Lunatic asylums in Bengal annual reports 1899-1911 - 1899-1911
Year: 1899
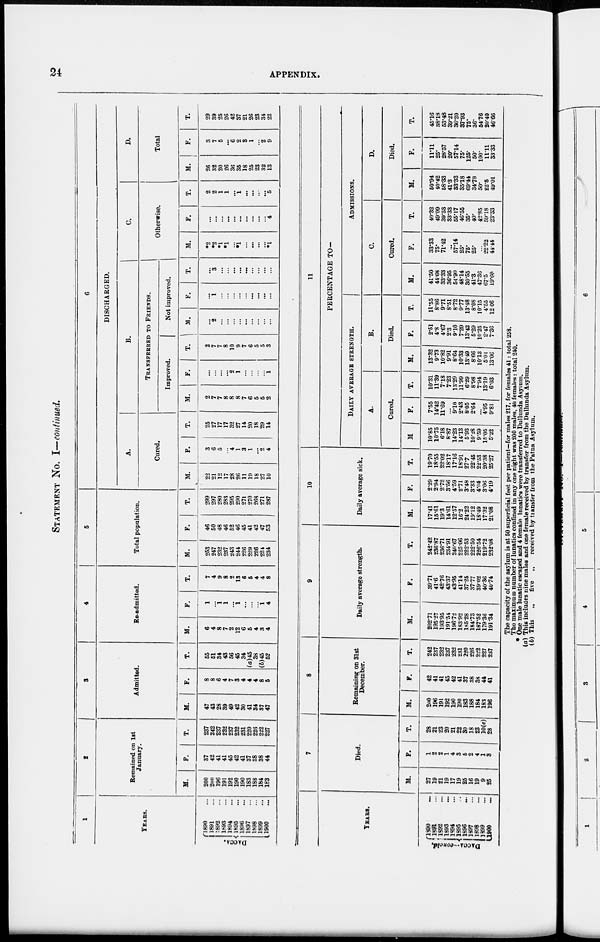
24
APPENDIX.
STATEMENT NO. I—continued.
1
YEARS.
DACCA.
1890 ...
1891 ...
1892 ...
1898 ...
1894 ...
1895 ...
1896 ...
1897 ...
1898 ...
1899 ...
1900 ...
2
Remained on 1st
January.
M.
200
200
196
191
192
190
190
183
188
184
183
F.
37
42
41
41
45
42
41
37
38
38
44
T.
237
242
237
232
237
232
231
220
226
222
227
3
Admitted.
M.
47
43
28
39
49
42
30
41
34
37
47
F.
8
8
6
4
7
3
4
4
4
8
5
T.
55
51
34
43
56
45
34
(a) 45
38
(b)45
52
4
Re-admitted.
M.
6
4
8
7
2
12
6
5
4
3
4
F.
1
...
1
1
...
1
...
...
...
1
4
T.
7
4
9
8
2
13
6
5
4
4
8
5
Total population.
M.
253
247
232
237
243
244
226
229
226
224
234
F.
46
50
48
46
52
46
45
41
42
47
53
T.
299
297
280
283
295
290
271
270
268
271
287
6
DISCHARGED.
A.
Cured.
M.
22
21
12
17
28
26
11
19
18
27
10
F.
3
6
5
...
4
1
3
1
...
2
4
T.
25
27
17
17
32
27
14
20
18
29
14
B.
TRANSFERRED TO FRIENDS.
Improved.
M.
2
7
7
8
8
8
7
6
5
5
2
F.
...
...
...
...
2
1
...
...
...
...
1
T.
2
7
7
8
10
9
7
6
5
5
3
Not improved.
M.
...
2
...
...
...
...
...
...
...
...
...
F.
...
1
...
...
...
...
...
...
...
...
...
T.
...
3
...
...
...
...
...
...
...
...
...
C.
Otherwise.
M.
*2
*2
*1
*1
...
*1
...
...
...
...
*1
F.
...
...
...
...
...
...
...
...
...
...
4
T.
2
2
1
1
...
1
...
...
...
...
5
D.
Total
M.
26
32
20
26
36
35
18
25
23
32
13
F.
3
7
5
...
6
2
3
1
...
2
9
T.
29
39
25
26
42
37
21
26
23
34
22
YEARS.
DACCA—concld.
1890 ...
1891 ...
1892 ...
1893 ...
1894 ...
1895 ...
1896 ...
1897 ...
1898 ...
1899 ...
1900 ...
7
Died.
M.
27
19
21
19
17
19
25
16
19
9
25
F.
1
2
2
1
4
3
5
2
4
1
3
T.
28
21
23
20
21
22
30
18
23
10(c)
28
8
Remaining on 31st
December.
M.
200
196
191
192
190
190
183
188
184
183
196
F.
42
41
41
45
42
41
37
38
38
44
41
T.
242
237
232
237
232
231
220
226
222
227
237
9
Daily average strength.
M.
202.71
195.27
193.95
191.51
196.72
183.92
185.28
184.73
187.52
179.36
191.34
F.
39.71
41.6
42.76
43.37
43.95
41.14
37.25
37.77
39.02
40.36
40.74
T.
242.42
236.87
236.71
234.91
240.67
225.06
222.53
222.50
226.54
219.72
232.08
10
Daily average sick.
M.
17.41
15.61
19.3
14.61
12.57
16.2
24.22
19.12
18.49
17.32
21.08
F.
2.29
2.94
2.72
3.56
4.59
2.71
3.48
3.33
4.04
3.06
4.19
T.
19.70
18.55
22.02
18.17
17.16
18.91
27.7
22.45
22.53
20.38
25.27
11
PERCENTAGE TO—
DAILY AVERAGE STRENGTH.
A.
Cured.
M.
10.85
10.75
6.18
8.87
14.23
14.13
5.93
10.28
9.59
15.05
5.22
F.
7.55
14.42
11.69
...
9.10
2.43
8.05
2.64
...
4.95
9.81
T.
10.31
11.39
7.18
7.23
13.29
11.99
6.29
8.98
7.94
13.19
6.03
B.
Died.
M.
13.32
9.73
10.82
9.91
8.64
10.33
13.49
8.66
10.13
5.01
13.06
F.
2.51
4.8
4.67
2.3
9.10
7.29
13.42
5.29
10.25
2.47
7.36
T.
11.55
8.86
9.71
8.51
8.72
9.77
13.48
8.08
10.15
4.55
12.06
ADMISSIONS.
C.
Cured.
M.
41.50
44.68
33.33
36.95
54.90
48.14
30.55
41.3
47.36
67.5
19.60
F.
33.33
75.
71.42
...
57.14
25.
75.
25.
...
22.22
44.44
T.
40.32
49.09
39.53
33.33
55.17
46.55
35.
40.
42.85
59.18
23.33
D.
Died.
M.
50.94
40.42
58.33
41.3
33.33
35.18
69.44
34.78
50.
22.5
49.01
F.
11.11
25.
28.57
20.
57.14
75.
125.
50.
100.
11.11
33.33
T.
45.16
38.18
53.48
39.21
36.20
37.93
75.
36.
54.76
20.40
46.66
The capacity of the asylum is at 50 superficial feet per patient—for males 217, for females 41: total 258.
The maximum number of lunatics confined in any one night was 200 males, 40 females: total 240.
* One male lunatic escaped and 4 female lunatics were transferred to Dullunda Asylum.
(a) This includes nine males and one female received by transfer from the Dullunda Asylum.
(b) This
„ five „
received by transfer from the Patna Asylum.